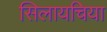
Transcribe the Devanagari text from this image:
सिलायचिया